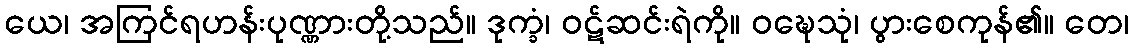
ယေ၊ အကြင်ရဟန်းပုဏ္ဏားတို့သည်။ ဒုက္ခံ၊ ဝဋ်ဆင်းရဲကို။ ဝဍ္ဎေသုံ၊ ပွားစေကုန်၏။ တေ၊